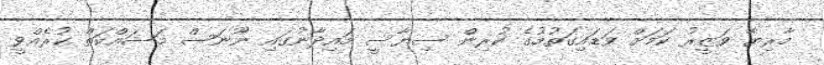
މާރިޔާ ވަޒީރު ކަމަށް ވަޑައިގަތުމުގެ ކުރިން ސިޔާސީ މައިދާނުގައި ނޫނަސް މަސައްކަތް ކުރެއްވީ